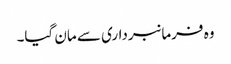
وہ فرمانبرداری سے مان گیا۔